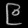
Digit: ၉